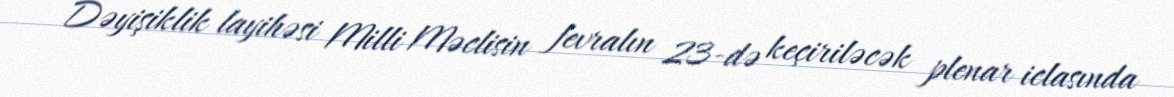
Dəyişiklik layihəsi Milli Məclisin fevralın 23-də keçiriləcək plenar iclasında